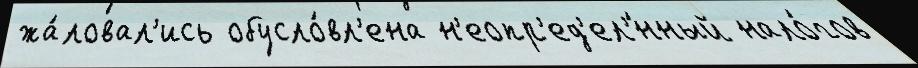
жа́ловал'ись обусло́вл'ена н'еопр'ед'ел'́нный нало́гов